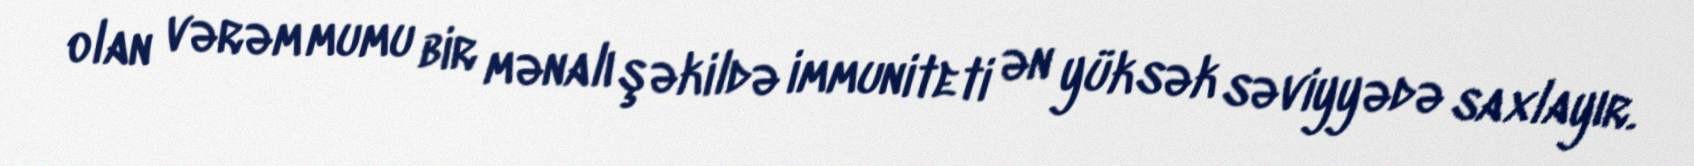
olan vərəm mumu bir mənalı şəkildə immuniteti ən yüksək səviyyədə saxlayır.